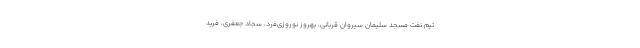
تیم نفت مسجد سلیمان سیروان قربانی، بهروز نوروزی‌فرد، سجاد جعفری، فرید